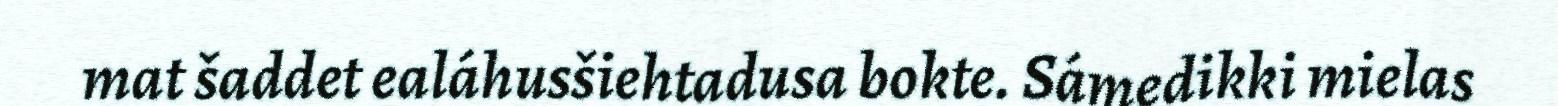
mat šaddet ealáhusšiehtadusa bokte. Sámedikki mielas